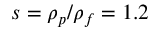
s = \rho _ { p } / \rho _ { f } = 1 . 2